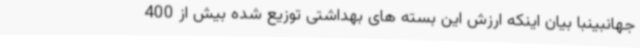
جهانبینبا بیان اینکه ارزش این بسته های بهداشتی توزیع شده بیش از 400